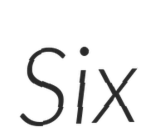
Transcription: Six